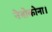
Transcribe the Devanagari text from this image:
नेत्रोकोना।